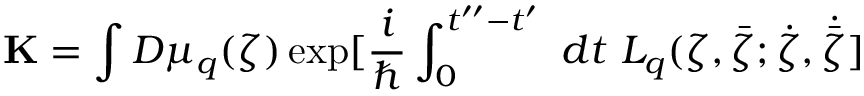
{ \bf K } = \int { \cal D } \mu _ { q } ( \zeta ) \exp [ \frac { i } { \hbar } \int _ { 0 } ^ { t ^ { \prime \prime } - t ^ { \prime } } \ d t \ L _ { q } ( \zeta , \bar { \zeta } ; \dot { \zeta } , \dot { \bar { \zeta } } ]